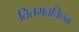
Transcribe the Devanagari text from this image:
तितमततिलक